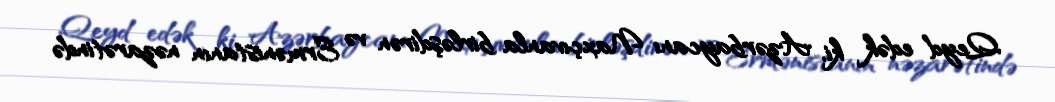
Qeyd edək ki, Azərbaycanı Naxçıvanla birləşdirən və Ermənistanın nəzarətində